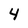
Character: 4